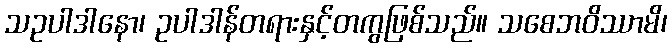
သဥပါဒါနော၊ ဥပါဒါန်တရားနှင့်တကွဖြစ်သည်။ သစေဘဝိဿာမိ၊